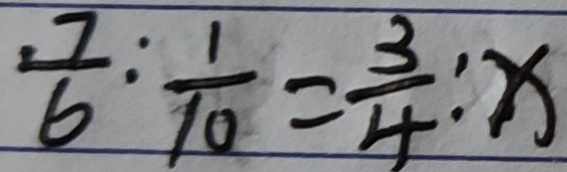
\frac { 7 } { 6 } : \frac { 1 } { 1 0 } = \frac { 3 } { 4 } : x